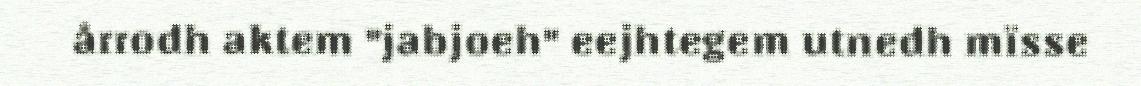
årrodh aktem "jabjoeh" eejhtegem utnedh mïsse